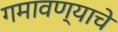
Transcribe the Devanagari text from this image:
गमावण्याचे